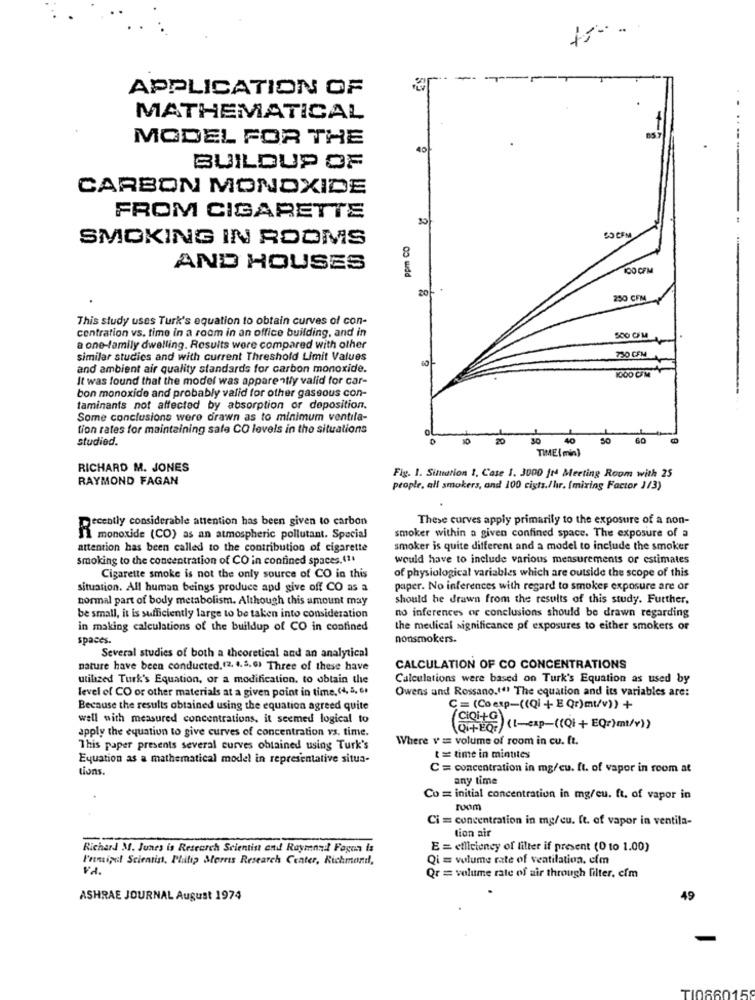
APPLICATION OF
MATHEMATICAL
MODEL FOR THE
40
BUILDUP OF
CARBON MONOXIDE
FROM CIGARETTE
SMOKING IN ROOMS
Ppm CO
DO CFM
AND HOUSES
100 CFM
250 CFM
This study uses Turk's equation to obtain curves of con-
centration vs. time in a room in an office building, and in
a one-family dwelling. Results were compared with other
similar studies and with current Threshold Limit Values
730 CFM
and ambient air quality standards for carbon monoxide.
1000 CFM
It was found that the model was apparently valid for car-
bon monoxide and probably valid for other gaseous con-
taminants not affected by absorption or doposition.
Some conclusions were drawn as to minimum ventila-
tion rates for maintaining safe CO levels in the situations
studied.
20
30
40
50
60
TIME( min)
RICHARD M. JONES
RAYMOND FAGAN
Fig. 1. Simation 1. Case 1. 3000 jrs Meeting Room with 25
people, all smokers, and 100 cista./hır. (mixing Factor 1/3)
These curves apply primarily to the exposure of a non-
Recently considerable attention has been given to carbon
monoxide (CO) as an atmospheric pollutant. Special
smoker within a given confined space. The exposure of a
attention has been called to the contribution of cigarette
smoker is quite different and a model to include the smoker
smoking to the concentration of CO in contined spaces.(11
would have to include various measurements or estimates
of physiological variables which are outside the scope of this
Cigarette smoke is not the only source of CO in this
situation. All human beings produce apd give off CO as a
paper. No inferences with regard to smoker exposure are or
normal part of body metabolism. Although this amount may
should be drawn from the results of this study. Further.
be small, it is sufficiently large to be taken into consideration
no inferences or conclusions should be drawn regarding
in making calculations of the buildup of CO in confined
the medical significance of exposures to either smokers of
spaces.
nonsmokers.
Several studies of both a theoretical and an analytical
nature have been conducted.(2. 4. 5. 6) Three of these have
CALCULATION OF CO CONCENTRATIONS
utilized Turk's Equation, or a modification. to obtain the
Calculations were based on Turk's Equation as used by
Owens and Rossano.(" The equation and its variables are:
level of CO or other materials at a given point in time, (4, 5, 6.
Because the results obtained using the equation agreed quite
C = (Co exp-((Qi + E Qr)mu/v)) +
well with measured concentrations, it seemed logical to
(CiQi+G).
apply the equation to give curves of concentration vs. time.
(Qi+EQF) (1-exp-((Q1+ EQr)mt/Y))
Where v = volume of room in cu. ft.
This paper presents several curves obtained using Turk's
Equation as a mathematical model in representative situa-
t = time in minutes
tions.
C = concentration in mg/cu. ft. of vapor in room at
any time
Co = initial concentration in mg/cu. ft. of vapor in
room
Ci = concentration in mg/cu. ft. of vapor in ventila-
lion air
Richard M. Junes is Research Scientist and Raymond Fagun is
E = efficiency of filter if present (0 to 1.00)
Premipal Scientist, Philip Morris Research Center, Richmond,
Qi = volume rate of ventilation. com
Qr = volume rate of air through filter. com
ASHRAE JOURNAL August 1974
49
TI